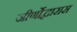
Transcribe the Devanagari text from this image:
जीर्णोद्धारास